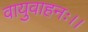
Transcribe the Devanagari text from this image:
वायुवाहनः।।